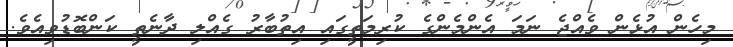
މިހެން އުޅެން ވެއްޖެ ނަމަ އެންމެންގެ ކުރިމަތީގައި އިތުބާރު ގެއްލި ދާނެތީ ކަންބޮޑުވިއެވެ.